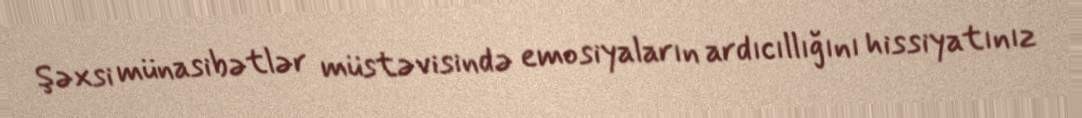
Şəxsi münasibətlər müstəvisində emosiyaların ardıcıllığını hissiyatınız